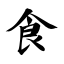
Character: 食